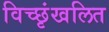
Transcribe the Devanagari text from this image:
विच्छृंखलित